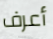
أعرف